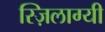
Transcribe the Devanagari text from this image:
स्ज़िलाग्यी